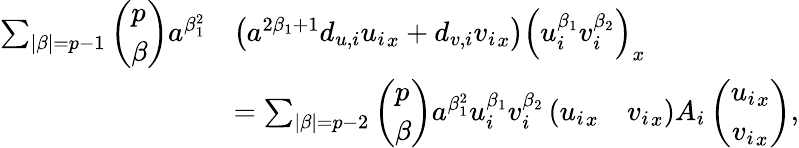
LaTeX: \begin{array}{rl}{\sum_{|\beta|=p-1}\left(\begin{array}{l}{p}\\ {\beta}\end{array}\right)a^{\beta_{1}^{2}}}&{\left(a^{2\beta_{1}+1}d_{u,i}{u_{i}}_{x}+d_{v,i}{v_{i}}_{x}\right)\left(u_{i}^{\beta_{1}}v_{i}^{\beta_{2}}\right)_{x}}\\ &{=\sum_{|\beta|=p-2}\left(\begin{array}{l}{p}\\ {\beta}\end{array}\right)a^{\beta_{1}^{2}}u_{i}^{\beta_{1}}v_{i}^{\beta_{2}}\left({u_{i}}_{x}\quad{v_{i}}_{x}\right)A_{i}\left(\begin{array}{c}{{u_{i}}_{x}}\\ {{v_{i}}_{x}}\end{array}\right),}\end{array}